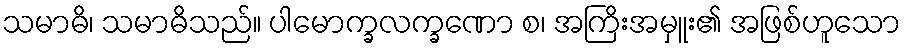
သမာဓိ၊ သမာဓိသည်။ ပါမောက္ခလက္ခဏော စ၊ အကြိးအမှူး၏ အဖြစ်ဟူသော